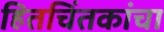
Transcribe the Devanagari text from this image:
हितचिंतकांचा